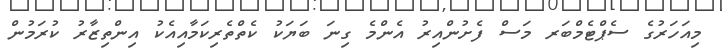
މިއަހަރުގެ ސެޕްޓެމްބަރ މަސް ފެށުންއިރު އެންމެ ގިނަ ބަޔަކު ކެތްތެރިކަމާއިއެކު އިންތިޒާރު ކުރަމުން